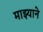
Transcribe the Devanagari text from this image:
माझ्याने